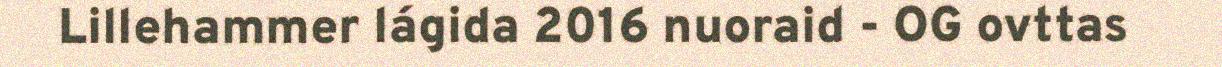
Lillehammer lágida 2016 nuoraid - OG ovttas